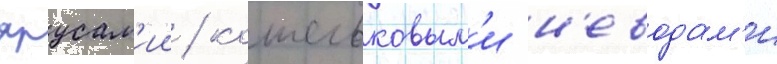
ярусам'ии / кошельковым'и н'еводам'и